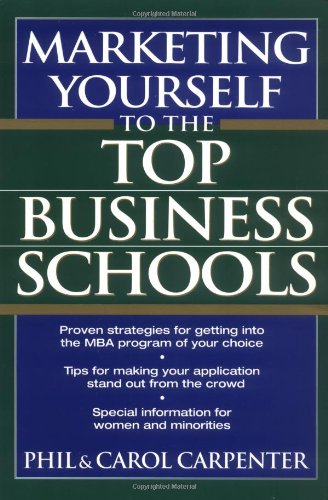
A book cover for Marketing Yourself to the Top Business Schools; Phil Carpenter; Education & Teaching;